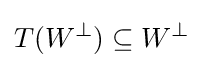
T(W^{\perp })\subseteq W^{\perp }